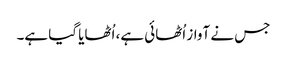
جس نے آواز اُٹھائی ہے، اُٹھایا گیا ہے۔